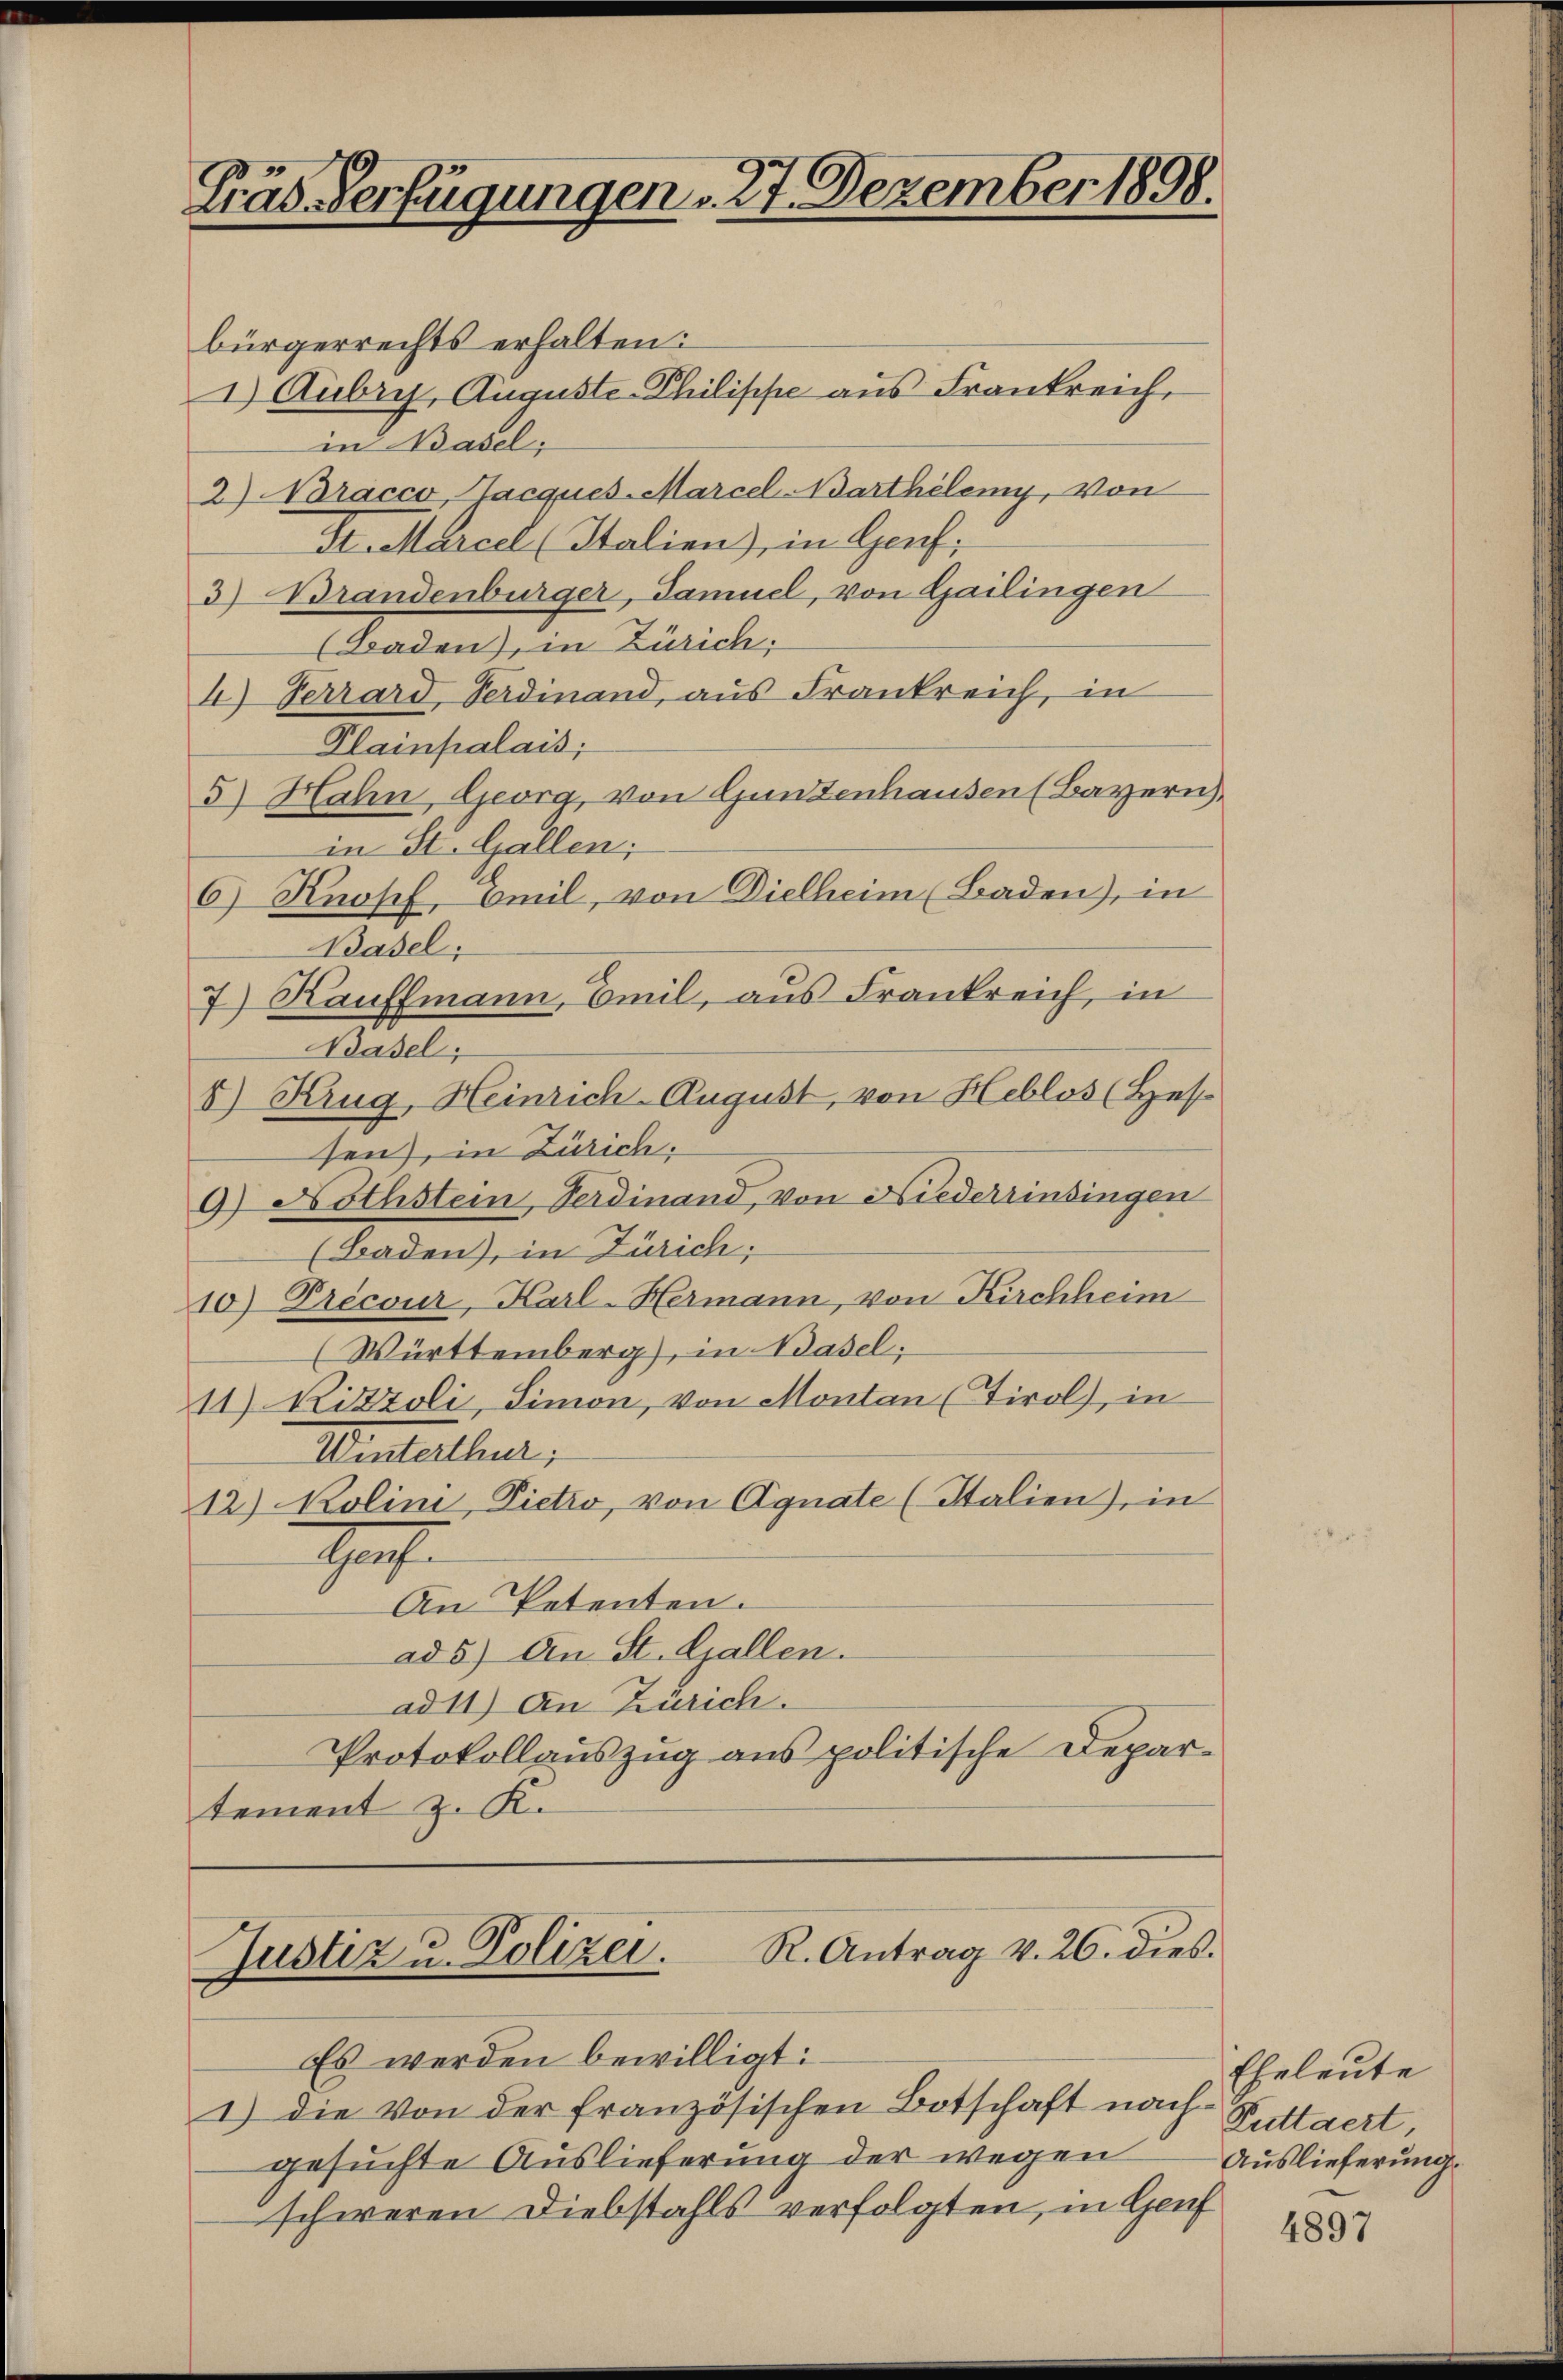
Präs. Verfügungen 27. Dezember 1898.

bürgerrechts erhalten:
1) Aubry, Auguste Philippe aus Frankreich
und Basel,
2) Nracco, Jacques-Marcel Barthèlemy, von
St. Marcel (Italien), in Genf;
3) Brandenburger, Samuel, von Gailingen
(Baden), in Zürich;
I) Verrard, Verdinand, aus Frankreich, in
Plainpalais;
5.) Hahn, Geora, von Gunzenhausen (Bayern,
in St. Gallen;
6) Knopf, Emil, von Dielheim (Baden), in
Basel;
7) Kauffmann, Emil, aus Frankreich, in
Basel;
8 Krug, Heinrich-August, von Heblos (Hes
sen), in Zürich,
9) Nothstein, Ferdinand, von Niederrinsingen
(Baden), in Zürich;
10) Precour, Karl-Hermann, von Kirchheim
(Württemberg), in Basel;
11) Kitzoli, Simon, von Montan (Tirol, in
Winterthur;
12) Kolini, Pietro, von Agnate (Stalien), in
Gege
An Petenten.
ad 5) An St. Gallen.
ad 11) An Zürich.
Protokollauszug aus politische Depar-
tement z. K.

R. Antrag v. 26. dies.
Justiz u. Polizei.

Es werden bewilligt:
1) die von der französischen Botschaft nach Puttaert,
gesuchte Auslieferung der wegen
schweren Diebstahls verfolgten, in Genf

Eheleute
Auslieferung.

4897